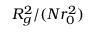
R _ { g } ^ { 2 } / ( N r _ { 0 } ^ { 2 } )